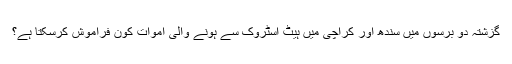
گزشتہ دو برسوں میں سندھ اور کراچی میں ہیٹ اسٹروک سے ہونے والی اموات کون فراموش کرسکتا ہے؟